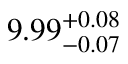
9 . 9 9 _ { - 0 . 0 7 } ^ { + 0 . 0 8 }